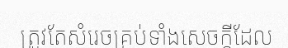
ត្រូវតែសំរេចគ្រប់ទាំងសេចក្តីដែល